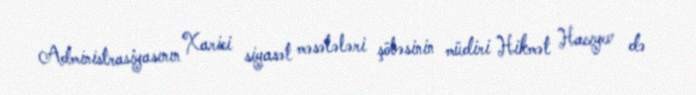
Administrasiyasının Xarici siyasət məsələləri şöbəsinin müdiri Hikmət Hacıyev də